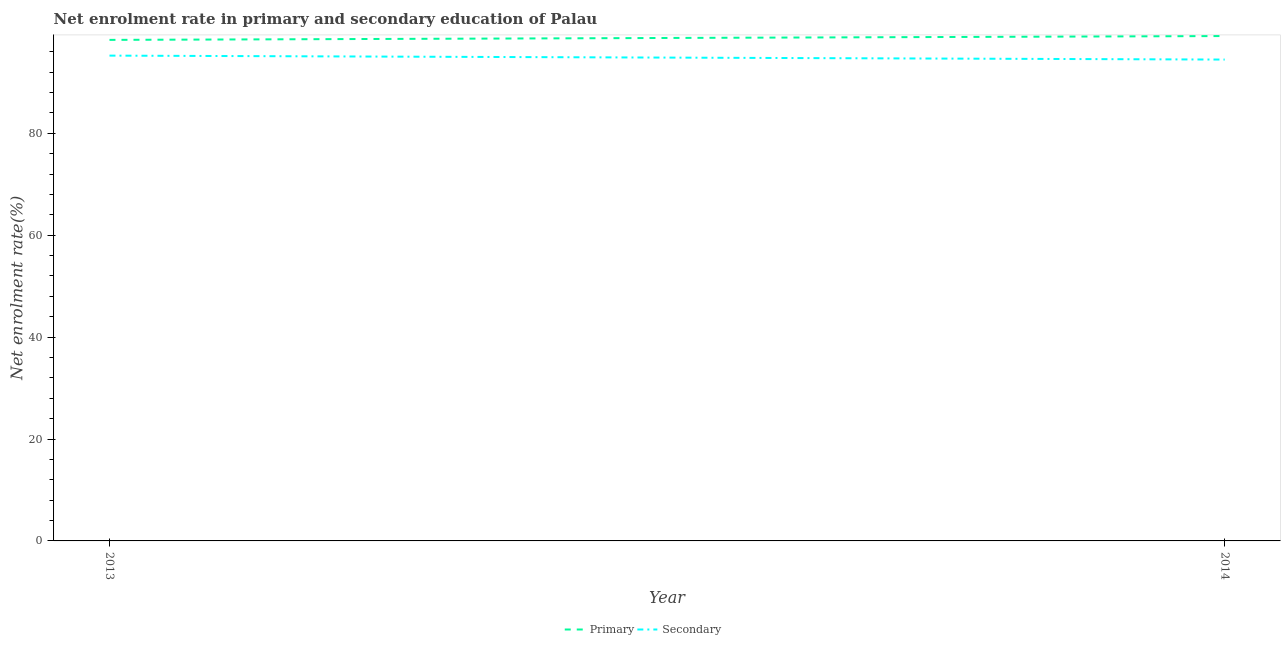
| Year | Primary | Secondary |
 | --- | --- | --- |
 | 2013 | 98.3 | 95.3 |
 | 2014 | 99.1 | 94.5 |